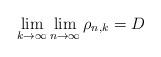
LaTeX: \begin{align*} \displaystyle \lim_{k \to \infty} \lim_{n \to \infty} \rho_{n,k} = D \end{align*}